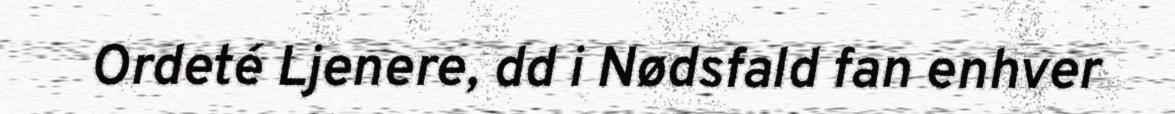
Ordeté Ljenere, dd i Nødsfald fan enhver